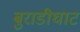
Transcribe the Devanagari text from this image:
बुराडीघाट